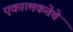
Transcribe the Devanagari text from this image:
एकात्मकतेचे